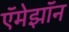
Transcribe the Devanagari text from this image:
ऍमेझॉन